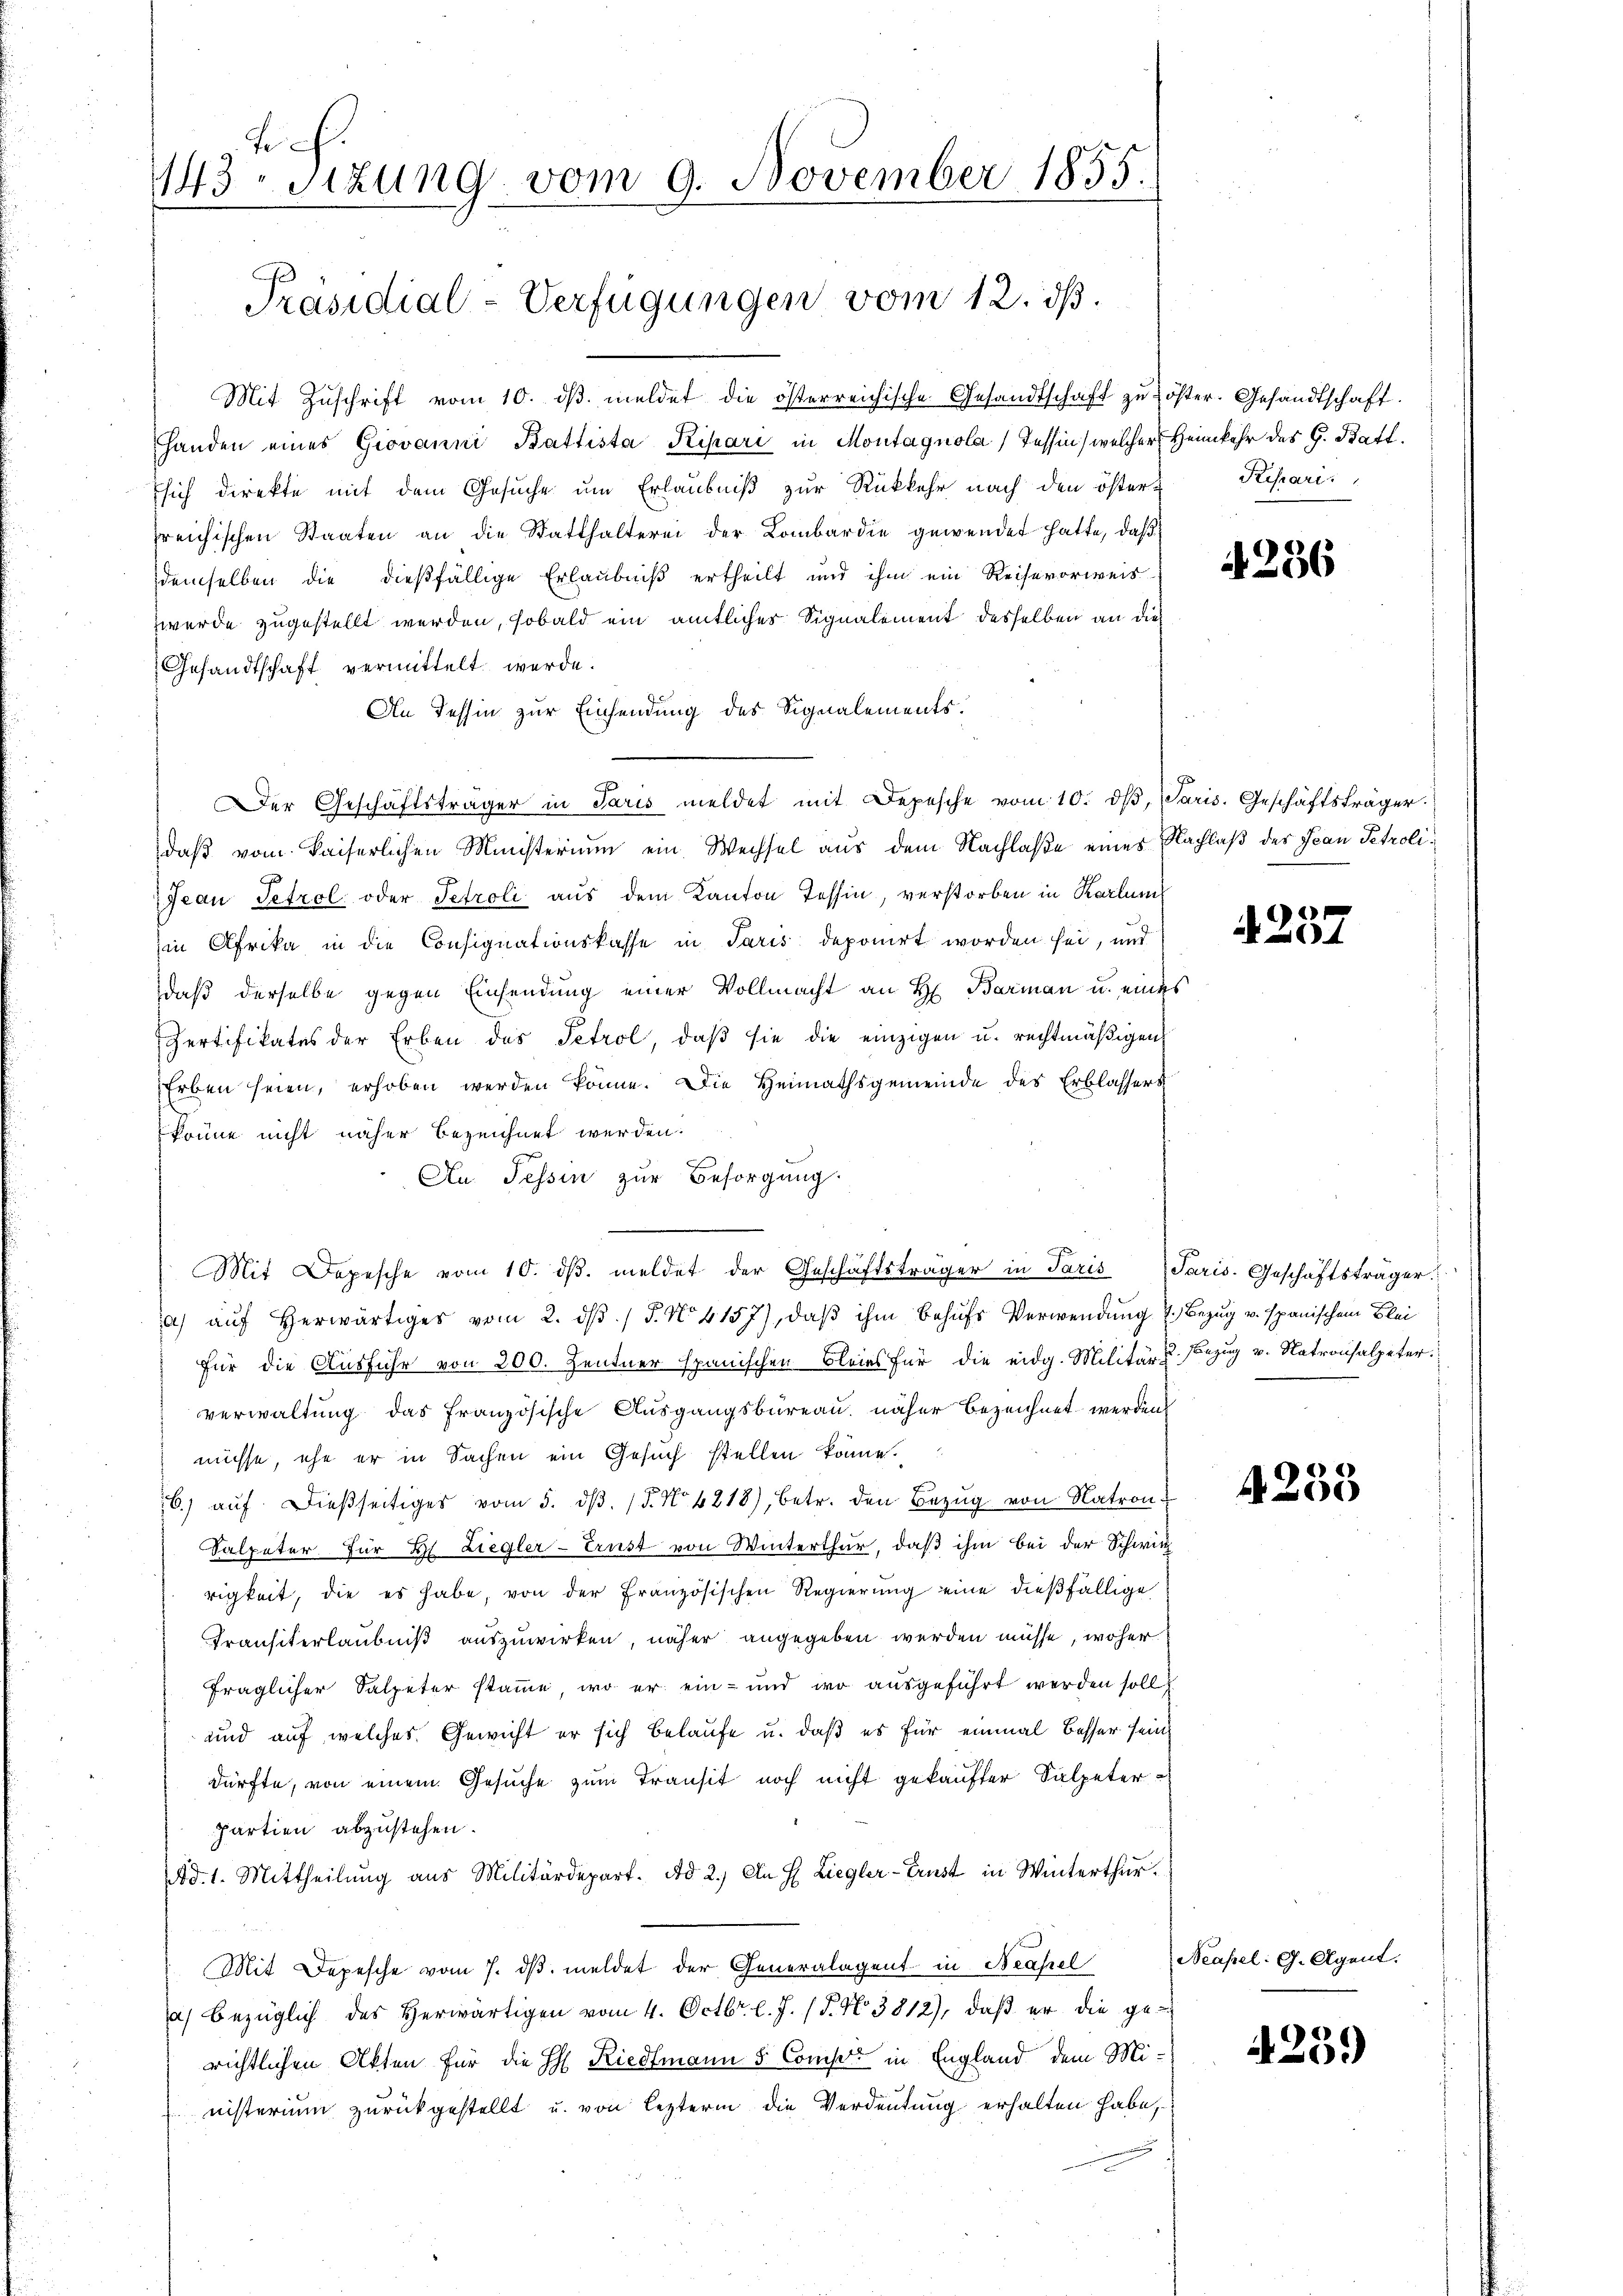
tif.
143 sizung vom 9. November 1855.

Präsidial-Verfügungen vom 12. ds.

Mit Zuschrift vom 10. dβ. meldet die österreichische Gesandtschaft zu öster. Gesandtschaft.
Handen eines Giovanni Battista Ripari in Montagnola (Tessin, welcher Heimkehr des G. Batt.
Esich direkte mit dem Gesuche um Erlaubniß zur Rückkehr nach den öster Repari
freichischen Staaten an die Statthalterei der Lombardie gewendet hatte, daß
demselben die dießfällige Erlaubniß ertheilt und ihm ein Reisevorweis
wurde zugestellt werden, sobald ein amtliches Signalement desselben an die
Gesandtschaft vermittelt werde.
An Tessin zur Einsendung des Signalements.
Der Geschäftsträger in Paris meldet mit Depesche vom 10. dβ, Paris. Geschäftsträger.
daß vom Kaiserlichen Ministerium ein Wechsel aus dem Nachlaße eines Nachlaß des Jean Petroli¬
Jean Petrol oder Petroli aus dem Kanton Tessin, verstorben in Karluns
in Afrika in die Consignationskasse in Paris deponirt worden sei, und
daß derselbe gegen Einsendung einer Vollmacht an H. Barman u. eines
Zertifikates der Erben des Petrol, daβ sie die einzigen u. rechtmäßigen
Erben seien, erhoben werden könne. Die Heimathsgemeinde des Erblassers
 könne nicht näher bezeichnet werden.
Au. Tessin zur Besorgung.
a) aŭf herwärtiger vom 2. dβ / 5. No 4157), daβ ihm behufs Verwendung 4. Bezug u. spanischem Blei
für die Ausfuhr von 200. Zentner spanischen Bleies für die eidg. Militär u. Bezug v. Natronsalpeter.
verwaltung das französische Ausgangsbureau, näher bezeichnet werden
müsse, ehe er in Sachen ein Gesuch stellen könne.
6) aŭf dießseitiges vom 5. dβ. / 5. No 6218), betr. den Bezŭg von Natron
Salpeter für H. Ziegler-Trust von Winterthur, daß ihm bei der Schwie
rigkeit, die es habe, von der französischen Regierŭng eine dießfällige
Transiterlaubniß auszuwirken, näher angegeben werden müsse, woher
fraglicher Salpeter stamme, wo er ein- und wo ausgeführt werden soll
und auf welches. Gewicht er sich belaufe u. daß es für einmal besser sein
dürfte, von einem Gesuche zum Transit noch nicht gekaufter Salpeterpartien abzustehen.
Ad. 1. Mittheilŭng aus Militärdepart. Ad 2.) An H. Liegler-Ernst in Winterthur.
Mit Depesche vom 7. dβ meldet der Generalagent in Neapel
a) bezüglich des Herwärtigen vom 4. Octbr. l. J. (T. No. 3812), daβ er die ge-
richtlichen Akten für die H. Riedtmann 5 Comp. in England, dem Ministerium zurückgestellt u. von lezterm die Verdeutung erhalten habe,

Mit Depesche vom 10. dβ. meldet der Geschäftsträger in Paris Paris. Geschäftsträger

4256

4257

4238

Neapel: G. Agent.

425)